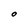
Character: O